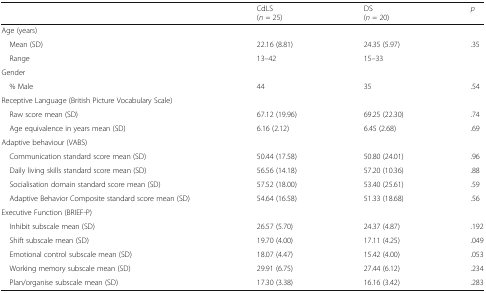
<table><thead><tr><td></td><td><b>CdLS(<i>n</i> = 25)</b></td><td><b>DS(<i>n</i> = 20)</b></td><td><b><i>p</i></b></td></tr></thead><tbody><tr><td colspan="4">Age (years)</td></tr><tr><td> Mean (SD)</td><td>22.16 (8.81)</td><td>24.35 (5.97)</td><td>.35</td></tr><tr><td> Range</td><td>13–42</td><td>15–33</td><td></td></tr><tr><td colspan="4">Gender</td></tr><tr><td> % Male</td><td>44</td><td>35</td><td>.54</td></tr><tr><td colspan="4">Receptive Language (British Picture Vocabulary Scale)</td></tr><tr><td> Raw score mean (SD)</td><td>67.12 (19.96)</td><td>69.25 (22.30)</td><td>.74</td></tr><tr><td> Age equivalence in years mean (SD)</td><td>6.16 (2.12)</td><td>6.45 (2.68)</td><td>.69</td></tr><tr><td colspan="4">Adaptive behaviour (VABS)</td></tr><tr><td> Communication standard score mean (SD)</td><td>50.44 (17.58)</td><td>50.80 (24.01)</td><td>.96</td></tr><tr><td> Daily living skills standard score mean (SD)</td><td>56.56 (14.18)</td><td>57.20 (10.36)</td><td>.88</td></tr><tr><td> Socialisation domain standard score mean (SD)</td><td>57.52 (18.00)</td><td>53.40 (25.61)</td><td>.59</td></tr><tr><td> Adaptive Behavior Composite standard score mean (SD)</td><td>54.64 (16.58)</td><td>51.33 (18.68)</td><td>.56</td></tr><tr><td colspan="4">Executive Function (BRIEF-P)</td></tr><tr><td> Inhibit subscale mean (SD)</td><td>26.57 (5.70)</td><td>24.37 (4.87)</td><td>.192</td></tr><tr><td> Shift subscale mean (SD)</td><td>19.70 (4.00)</td><td>17.11 (4.25)</td><td>.049</td></tr><tr><td> Emotional control subscale mean (SD)</td><td>18.07 (4.47)</td><td>15.42 (4.00)</td><td>.053</td></tr><tr><td> Working memory subscale mean (SD)</td><td>29.91 (6.75)</td><td>27.44 (6.12)</td><td>.234</td></tr><tr><td> Plan/organise subscale mean (SD)</td><td>17.30 (3.38)</td><td>16.16 (3.42)</td><td>.283</td></tr></tbody></table>